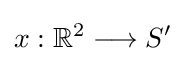
x:\mathbb {R} ^{2}\longrightarrow S'